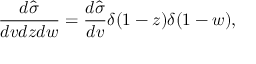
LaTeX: \frac { d \hat { \sigma } } { d v d z d w } = \frac { d \hat { \sigma } } { d v } \delta ( 1 - z ) \delta ( 1 - w ) ,